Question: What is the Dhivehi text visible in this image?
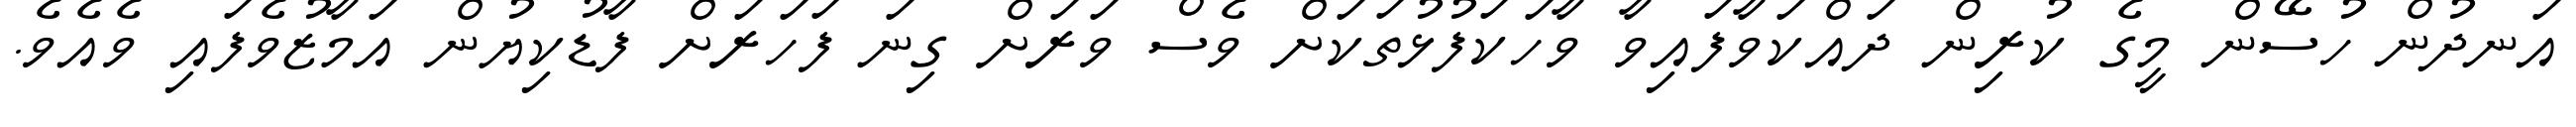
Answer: އަނދުން ހުސޭން މީގެ ކުރިން ދައްކަވާފައިވާ ވާހަކަފުޅުތަކަށް ވެސް ވަރަށް ގިނަ ފަހަރަށް ފާޑުކިޔުން އަމާޒުވެފައި ވެއެވެ.